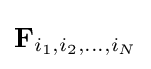
\mathbf {F} _{i_{1},i_{2},\ldots ,i_{N}}